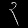
Digit: ၃